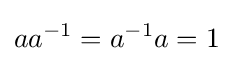
aa^{-1}=a^{-1}a=1